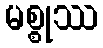
မစ္စုဿ